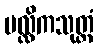
မလ္လိကသုတ္တံ